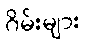
ဂိမ်းများ